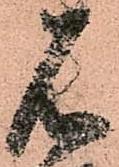
石